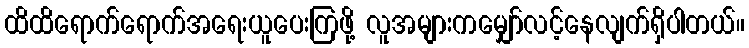
ထိထိရောက်ရောက်အရေးယူပေးကြဖို့ လူအများကမျှော်လင့်နေလျက်ရှိပါတယ်။